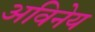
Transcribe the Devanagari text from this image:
अविनेय